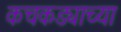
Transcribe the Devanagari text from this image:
कचकड्याच्या